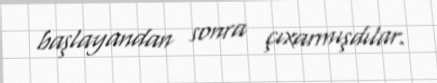
başlayandan sonra çıxarmışdılar.